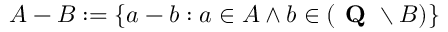
A - B : = \{ a - b : a \in A \land b \in ( { \textbf { Q } } \setminus B ) \}